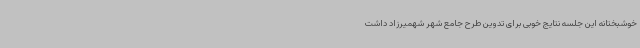
خوشبختانه این جلسه نتایج خوبی برای تدوین طرح جامع شهر شهمیرزاد داشت